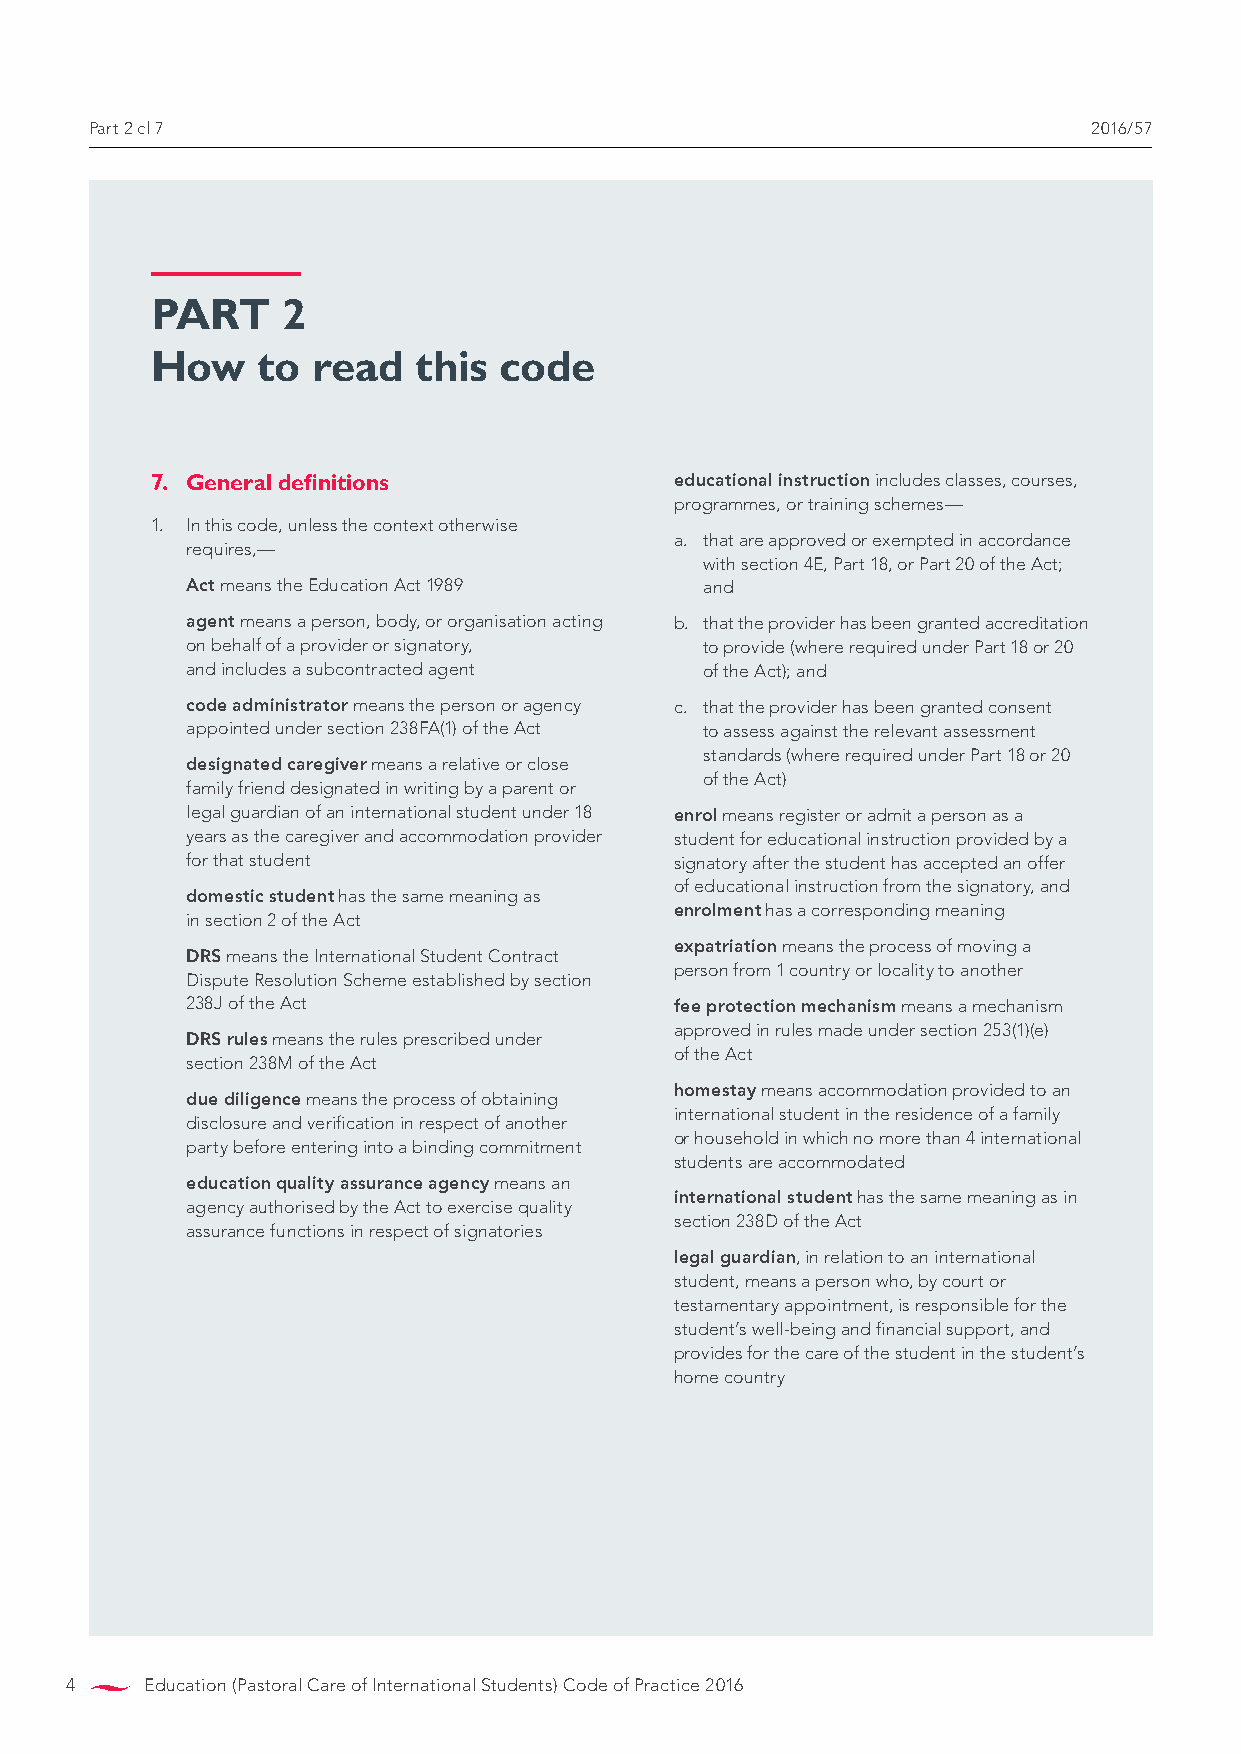
Part 2 cl 7                                                       2016/57
 PART     2
 How    to  read  this  code
 7. General definitions             educational instruction includes classes, courses,
 programmes, or training schemes—
 1. in this code, unless the context otherwise
 a. that are approved or exempted in accordance
 requires,—
 with section 4E, Part 18, or Part 20 of the Act;
 Act means the Education Act 1989   and
 agent means a person, body, or organisation acting b. that the provider has been granted accreditation
 on behalf of a provider or signatory, to provide (where required under Part 18 or 20
 and includes a subcontracted agent of the Act); and
 code administrator means the person or agency c. that the provider has been granted consent
 appointed under section 238FA(1) of the Act to assess against the relevant assessment
 standards (where required under Part 18 or 20
 designated caregiver means a relative or close
 of the Act)
 family friend designated in writing by a parent or
 legal guardian of an international student under 18 enrol means register or admit a person as a
 years as the caregiver and accommodation provider student for educational instruction provided by a
 for that student                 signatory after the student has accepted an offer
 of educational instruction from the signatory, and
 domestic student has the same meaning as
 enrolment has a corresponding meaning
 in section 2 of the Act
 expatriation means the process of moving a
 DRS means the international Student Contract
 person from 1 country or locality to another
 Dispute Resolution Scheme established by section
 238J of the Act                  fee protection mechanism means a mechanism
 approved in rules made under section 253(1)(e)
 DRS rules means the rules prescribed under
 of the Act
 section 238M of the Act
 homestay means accommodation provided to an
 due diligence means the process of obtaining
 international student in the residence of a family
 disclosure and verification in respect of another
 or household in which no more than 4 international
 party before entering into a binding commitment
 students are accommodated
 education quality assurance agency means an
 international student has the same meaning as in
 agency authorised by the Act to exercise quality
 section 238D of the Act
 assurance functions in respect of signatories
 legal guardian, in relation to an international
 student, means a person who, by court or
 testamentary appointment, is responsible for the
 student’s well-being and financial support, and
 provides for the care of the student in the student’s
 home country
 4     Education (Pastoral Care of International Students) Code of Practice 2016